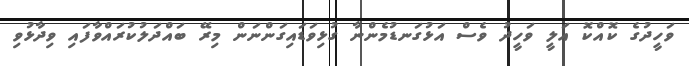
ވަހީދުގެ ކޮއްކޮ އަލީ ވަހީދު ވެސް އަޅުގަނޑުމެންނާ ގުޅިވަޑައިގަންނަން މިރޭ ބައްދަލުކުރައްވާފައި ވިދާޅުވި